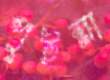
পুইন্না